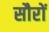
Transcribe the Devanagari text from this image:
सौरों